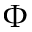
\Phi